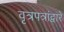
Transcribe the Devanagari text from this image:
वृत्रपत्रांद्वारे